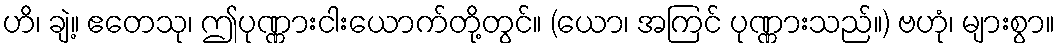
ဟိ၊ ချဲ့။ ဧတေသု၊ ဤပုဏ္ဏားငါးယောက်တို့တွင်။ (ယော၊ အကြင် ပုဏ္ဏားသည်။) ဗဟုံ၊ များစွာ။